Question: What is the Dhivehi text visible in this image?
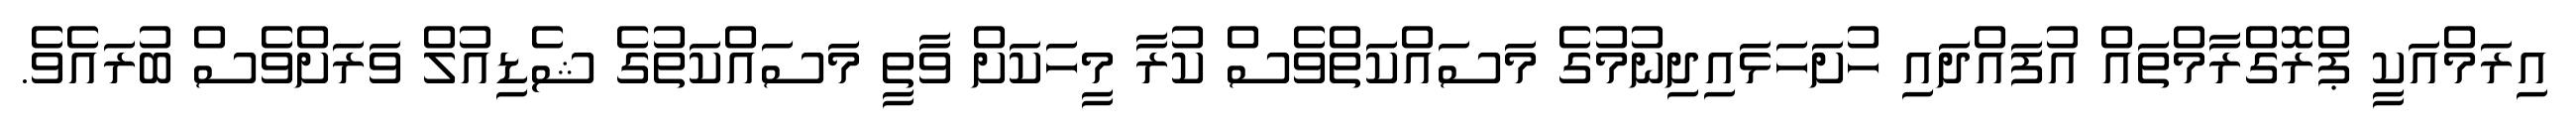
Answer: އިރަމްއަކީ ޕްރޮގްރާމްތައް އުފައްދައި ހުށަހަޅައިދިނުމުގެ މަސައްކަތްވެސް ކުރާ މީހަކަށް ވާތީ މަސައްކަތުގެ ޝެޑިއުލް ވަރަށްވެސް ބުރައެވެ.